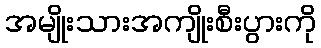
အမျိုးသားအကျိုးစီးပွားကို